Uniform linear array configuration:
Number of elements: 32
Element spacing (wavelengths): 0.5
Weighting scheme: kaiser
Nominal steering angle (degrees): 15
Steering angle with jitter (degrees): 16.007
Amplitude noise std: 0.05
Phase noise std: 0.05

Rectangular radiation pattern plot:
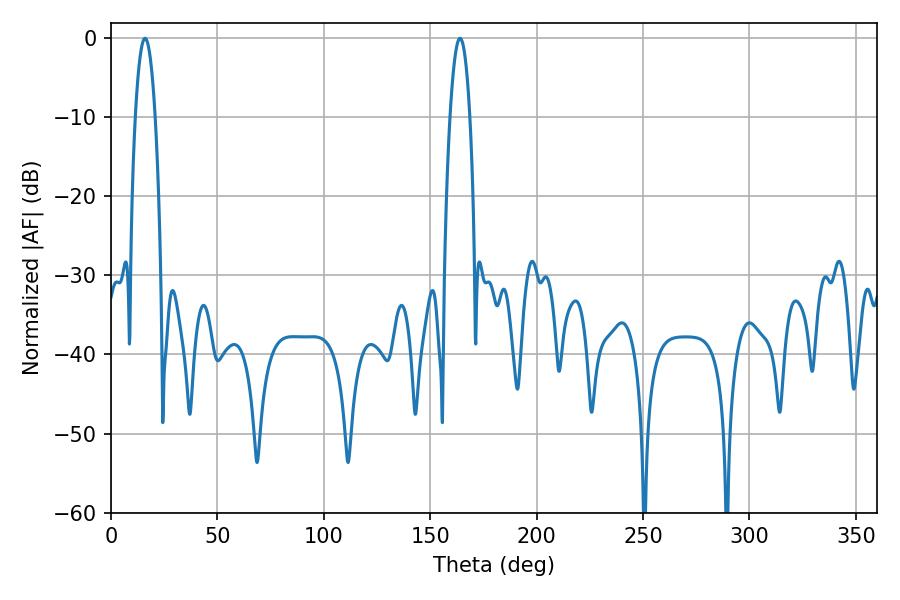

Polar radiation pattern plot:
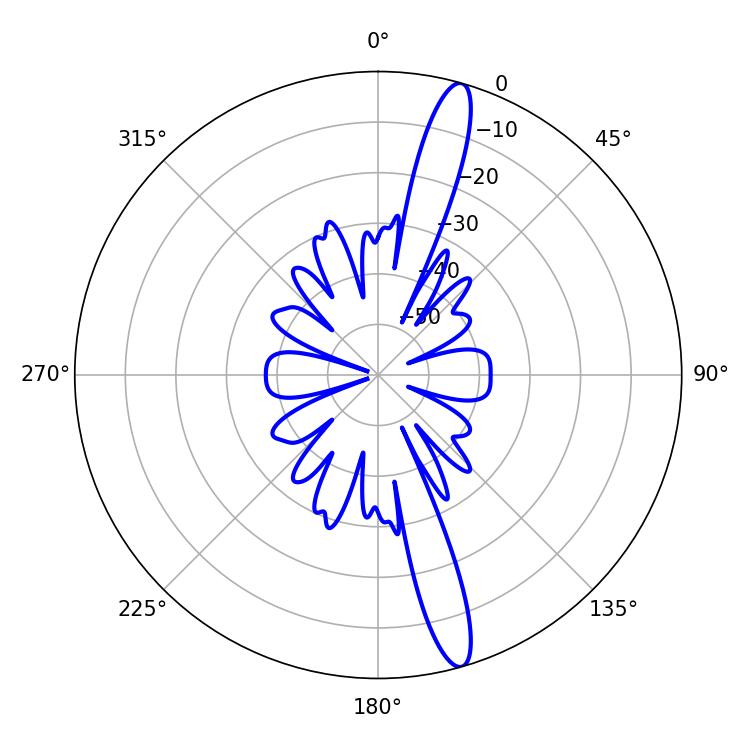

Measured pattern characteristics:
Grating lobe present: FALSE
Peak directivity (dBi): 15.73
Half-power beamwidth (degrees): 5.04
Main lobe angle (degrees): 16.02